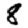
Digit: 8